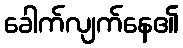
ခေါက်လျက်နေ၏